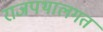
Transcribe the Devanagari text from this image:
राजपथालगत